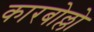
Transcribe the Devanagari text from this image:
कारबोल्लो